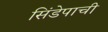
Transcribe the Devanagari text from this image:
सिंडेपाची